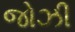
જોઝી